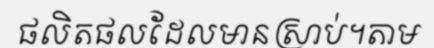
ផលិតផលដែលមានស្រាប់។តាម